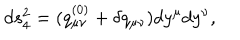
d s _ { 4 } ^ { 2 } = ( q _ { \mu \nu } ^ { ( 0 ) } + \delta q _ { \mu \nu } ) d y ^ { \mu } d y ^ { \nu } ,